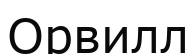
Орвилл